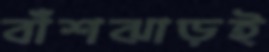
বাঁশঝাড়ই